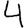
Digit: 4